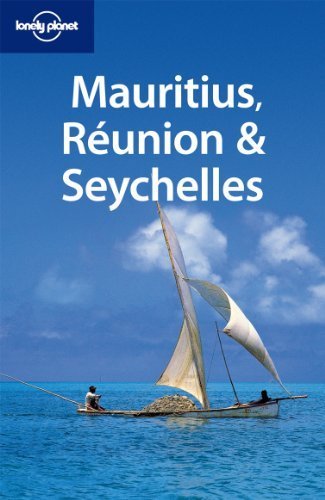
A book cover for Lonely Planet Mauritius Reunion & Seychelles (Multi Country Travel Guide) by Jean-Bernard Carillet, Brandon Presser (2010) Paperback; Brandon Presser Jean-Bernard Carillet; Travel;